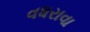
વધરાવા